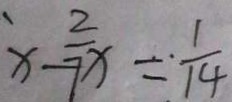
x - \frac { 2 } { 7 x } = \frac { 1 } { 1 4 }